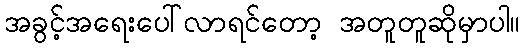
အခွင့်အရေးပေါ်လာရင်တော့ အတူတူဆိုမှာပါ။